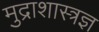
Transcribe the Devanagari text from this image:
मुद्राशास्त्रज्ञ